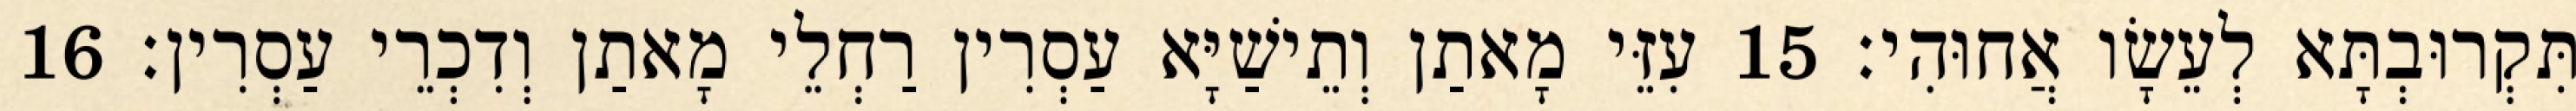
תִּקְרוּבְתָּא לְעֵשָׂו אֲחוּהִי׃ 15 עִזֵּי מָאתַן וְתֵישַׁיָּא עַסְרִין רַחְלֵי מָאתַן וְדִכְרֵי עַסְרִין׃ 16